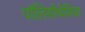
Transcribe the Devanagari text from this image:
पॉलिसीथेमिया